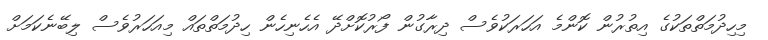
މިހިދުމަތްތަކުގެ އިތުރުން ކޮންމެ އަހަރަކުވެސް ދިރާގުން ފޯރުކޮށްދޭ އެހެނިހެން ހިދުމަތްތައް މިއަހަރުވެސް ލިބޭނެކަމަށް